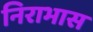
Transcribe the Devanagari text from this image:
निराभास